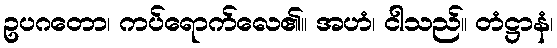
ဥပဂတော၊ ကပ်ရောက်လေ၏။ အဟံ၊ ငါသည်။ တံဋ္ဌာနံ၊